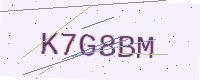
Text: K7G8BM